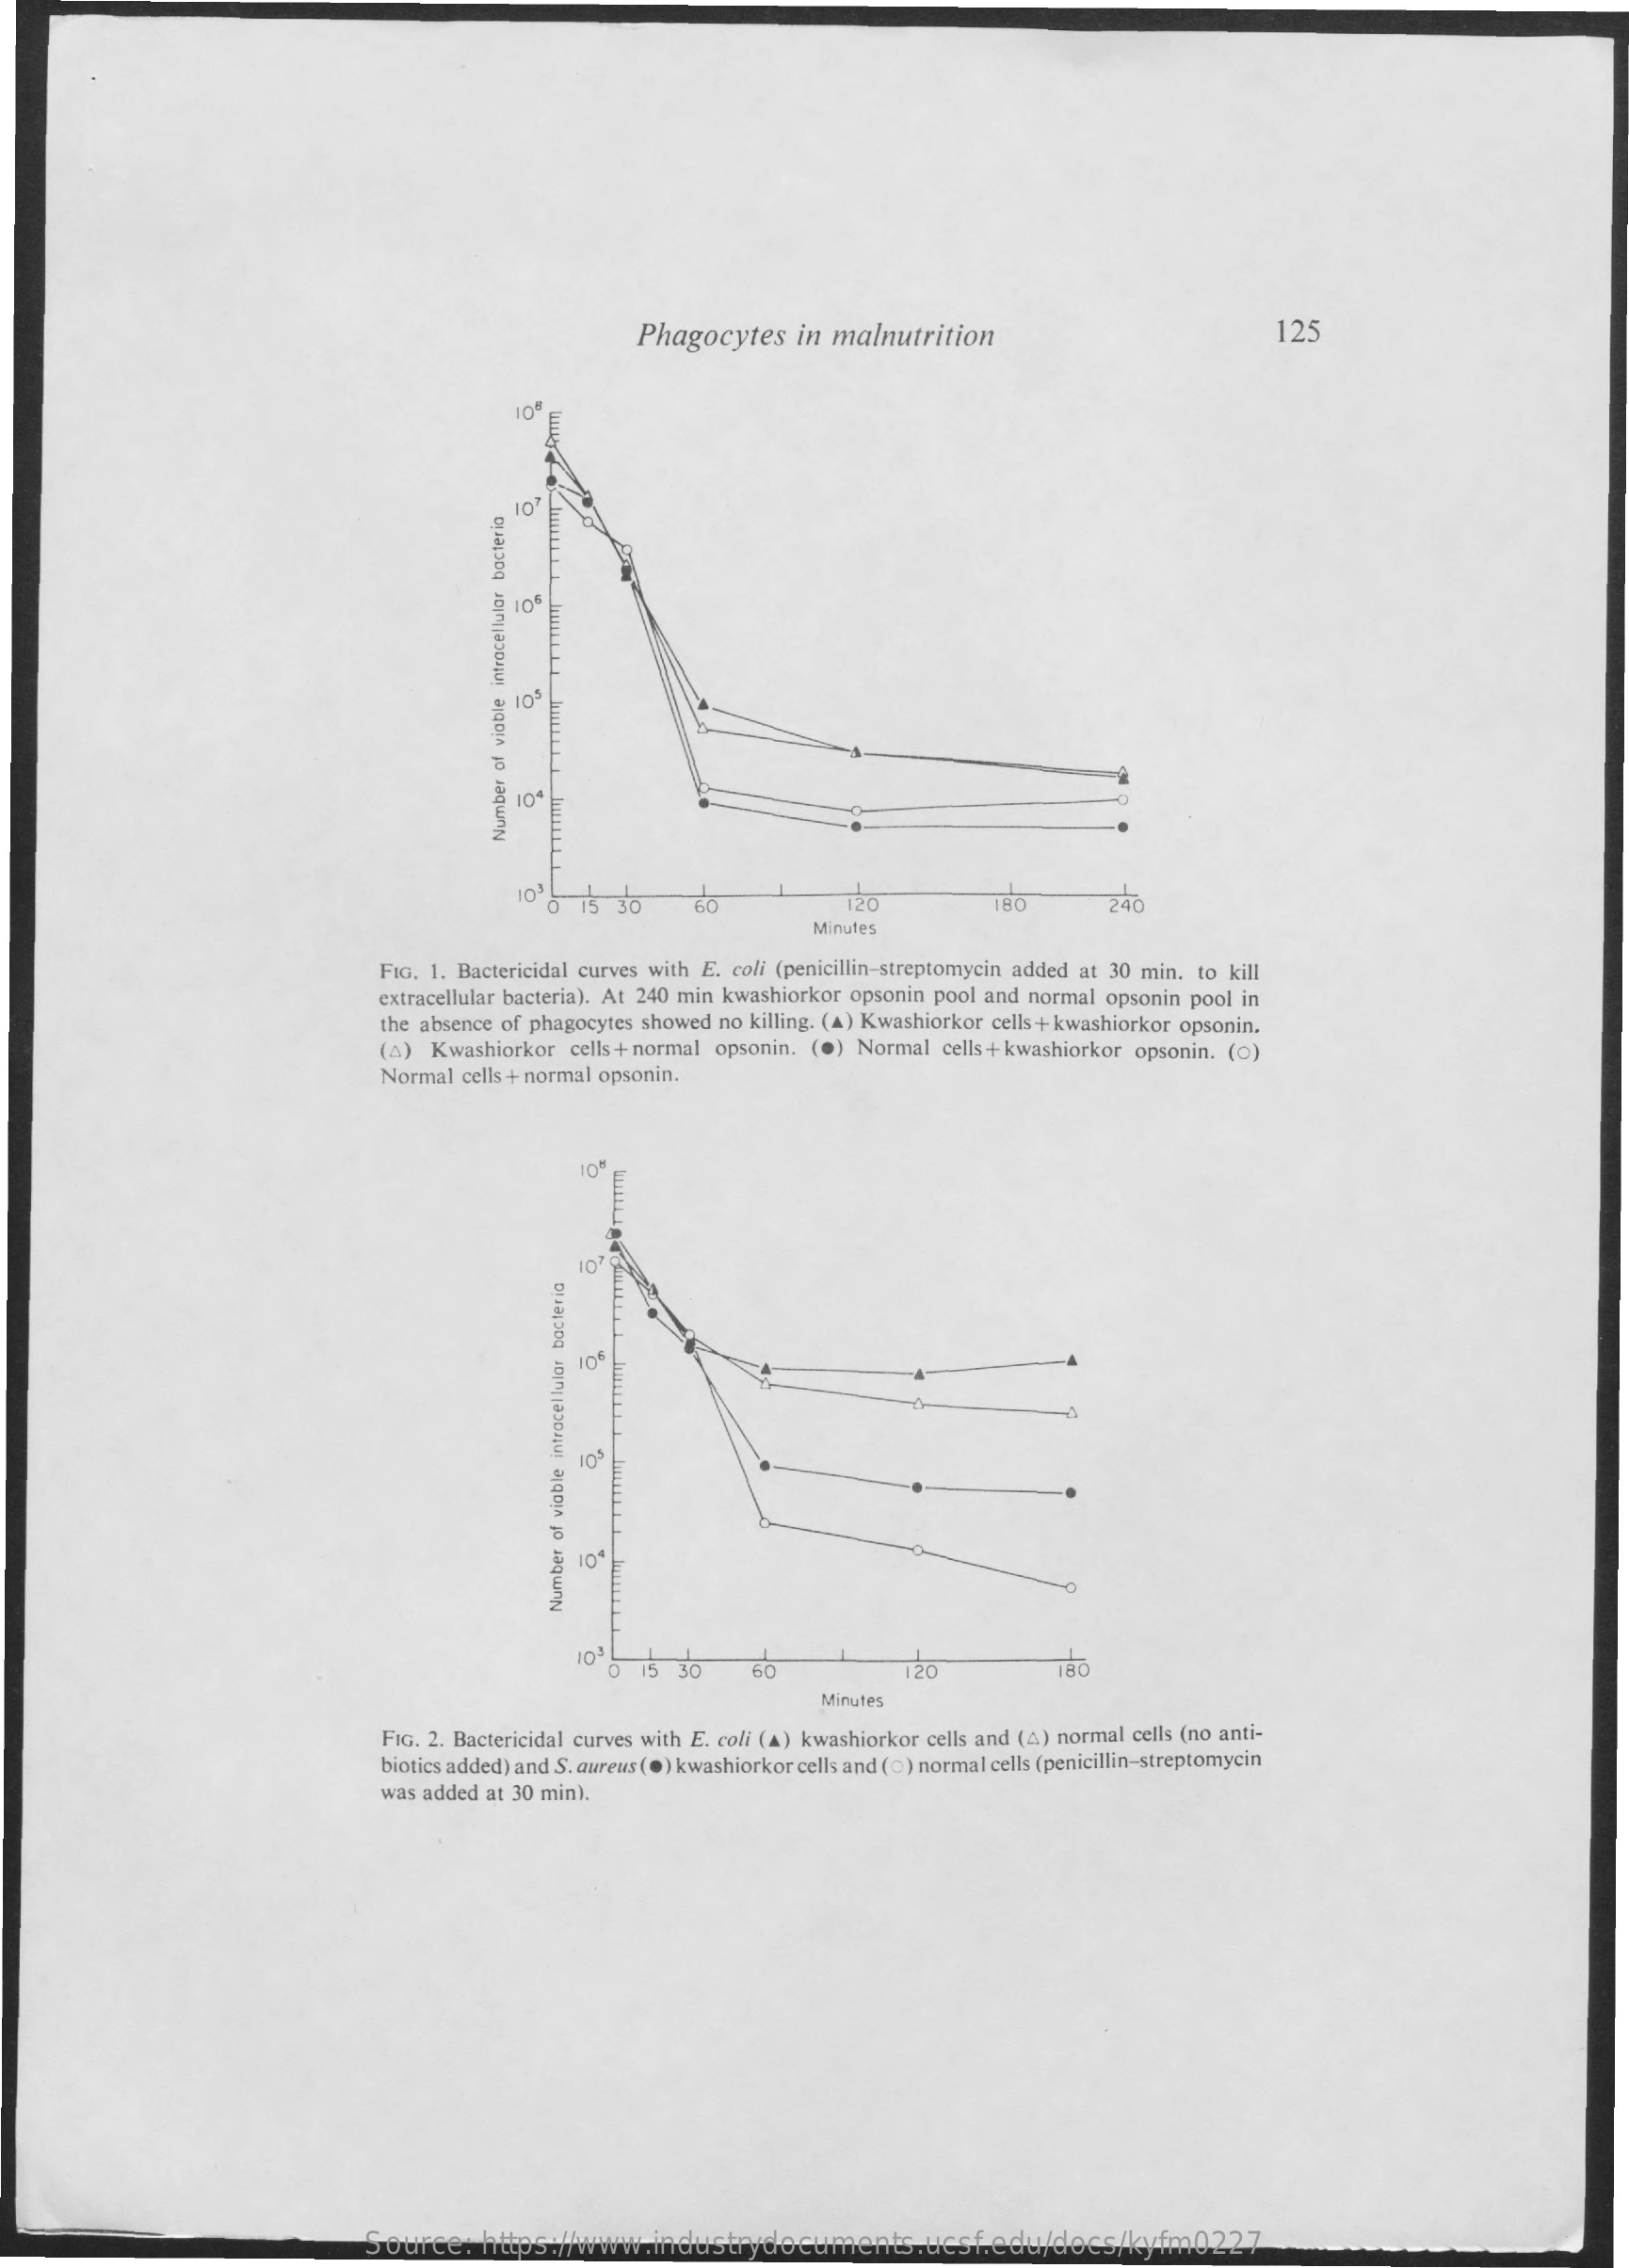
Phagocytes    in malnutrition    125
     o
     2 10
     10
     10 Number
     of
     viable
     introcellular
     bacteria
     10 8 15  30    60    120
     Minutes
     FIG. 1. Bactericidal curves with E. coli (penicillin-streptomycin added at 30 min. to kill
     extracellular bacteria). At 240 min kwashiorkor opsonin pool and normal opsonin pool in
     the absence of phagocytes showed no killing. (A) Kwashiorkor cells+ kwashiorkor opsonin.
     (A)  Kwashiorkor  cells + normal opsonin. (@) Normal cells+ kwashiorkor opsonin. (o)
     Normal  cells + normal opsonin.
     ET
     TTTTT
     10
     Number
     of
     viable
     intracellular
     bacteric
     00   15 30    60    120    180
     Minutes
     FIG. 2. Bactericidal curves with E. coli (A) kwashiorkor cells and (A) normal cells (no anti-
     biotics added) and S. aureus (.) kwashiorkor cells and (0) normal cells (penicillin-streptomycin
     was added at 30 min).
     Source:    https://www.industrydocuments.ucsf.edu/docs/kyfm0227